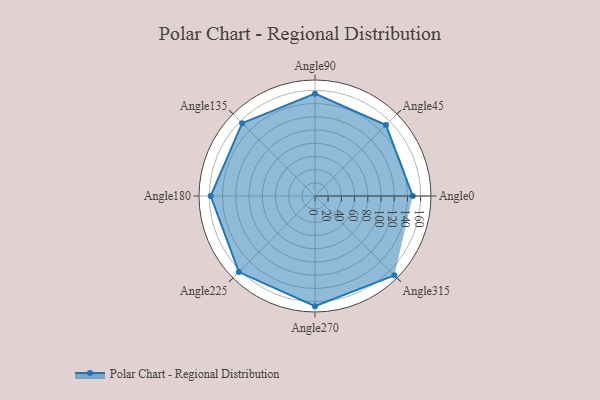
{"axis": {"x": "Angle", "y": "Radius"}, "legend": [""], "data": [{"x": "Angle0", "y": 148.0, "type": ""}, {"x": "Angle45", "y": 152.0, "type": ""}, {"x": "Angle90", "y": 155.0, "type": ""}, {"x": "Angle135", "y": 156.0, "type": ""}, {"x": "Angle180", "y": 158.0, "type": ""}, {"x": "Angle225", "y": 163.0, "type": ""}, {"x": "Angle270", "y": 167.0, "type": ""}, {"x": "Angle315", "y": 170, "type": ""}]}